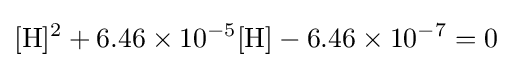
[{\mathrm {H} }]^{2}+6.46\times 10^{-5}[{\mathrm {H} }]-6.46\times 10^{-7}=0